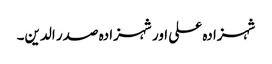
شہزادہ علی اور شہزادہ صدر الدین۔